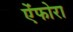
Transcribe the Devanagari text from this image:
ऐंफोरा